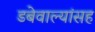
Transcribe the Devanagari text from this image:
डबेवाल्यांसह